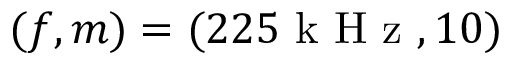
( f , m ) = ( 2 2 5 \mathrm { ~ k ~ H ~ z ~ } , 1 0 )